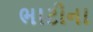
ભાટીના